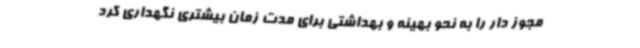
مجوز دار را به نحو بهینه و بهداشتی برای مدت زمان بیشتری نگهداری کرد